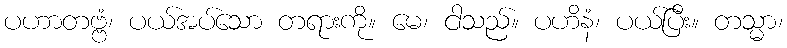
ပဟာတဗ္ဗံ၊ ပယ်အပ်သော တရားကို။ မေ၊ ငါသည်။ ပဟိနံ၊ ပယ်ပြီး။ တသ္မာ၊